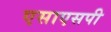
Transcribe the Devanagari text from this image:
एसाएसपी